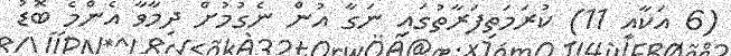
(6 އަކާއި 11) ކުރަމަތިފަރާތުގައި ނަގާ އުން ނެގުމުށް ދިމާވާ އެންމެ ބޮޑު